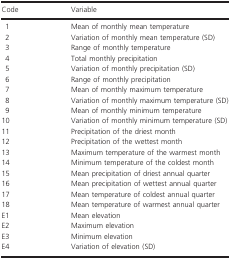
| Code | Variable |
 | --- | --- |
 | 1 | Mean of monthly mean temperature |
 | 2 | Variation of monthly mean temperature (SD) |
 | 3 | Range of monthly temperature |
 | 4 | Total monthly precipitation |
 | 5 | Variation of monthly precipitation (SD) |
 | 6 | Range of monthly precipitation |
 | 7 | Mean of monthly maximum temperature |
 | 8 | Variation of monthly maximum temperature (SD) |
 | 9 | Mean of monthly minimum temperature |
 | 10 | Variation of monthly minimum temperature (SD) |
 | 11 | Precipitation of the driest month |
 | 12 | Precipitation of the wettest month |
 | 13 | Maximum temperature of the warmest month |
 | 14 | Minimum temperature of the coldest month |
 | 15 | Mean precipitation of driest annual quarter |
 | 16 | Mean precipitation of wettest annual quarter |
 | 17 | Mean temperature of coldest annual quarter |
 | 18 | Mean temperature of warmest annual quarter |
 | E1 | Mean elevation |
 | E2 | Maximum elevation |
 | E3 | Minimum elevation |
 | E4 | Variation of elevation (SD) |